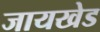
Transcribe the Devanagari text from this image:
जायखेड